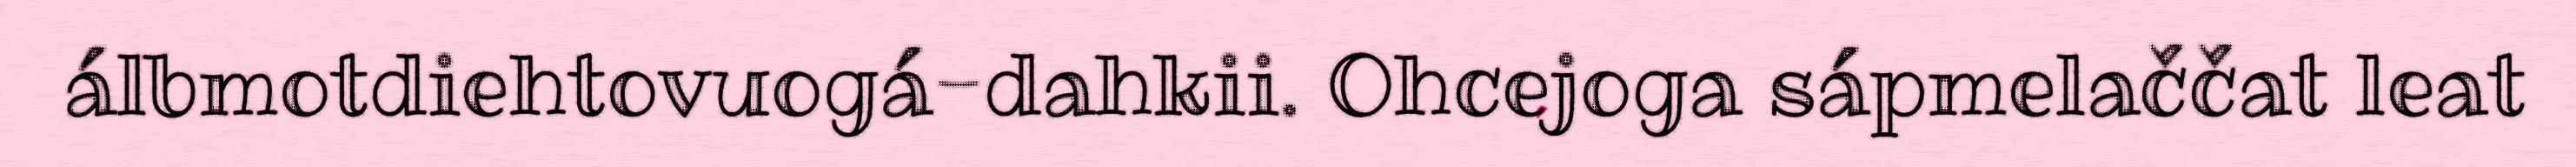
álbmotdiehtovuogá-dahkii. Ohcejoga sápmelaččat leat